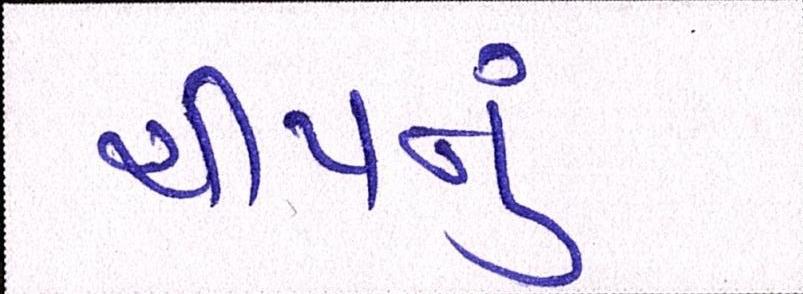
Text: ચીપનું